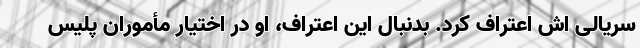
سریالی اش اعتراف کرد. بدنبال این اعتراف، او در اختیار مأموران پلیس